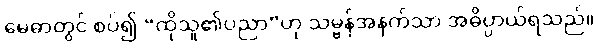
မေဓာတွင် စပ်၍ “ထိုသူ၏ပညာ”ဟု သမ္ဗန်အနက်သာ အဓိပ္ပာယ်ရသည်။